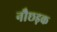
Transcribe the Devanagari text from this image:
नौछड़क